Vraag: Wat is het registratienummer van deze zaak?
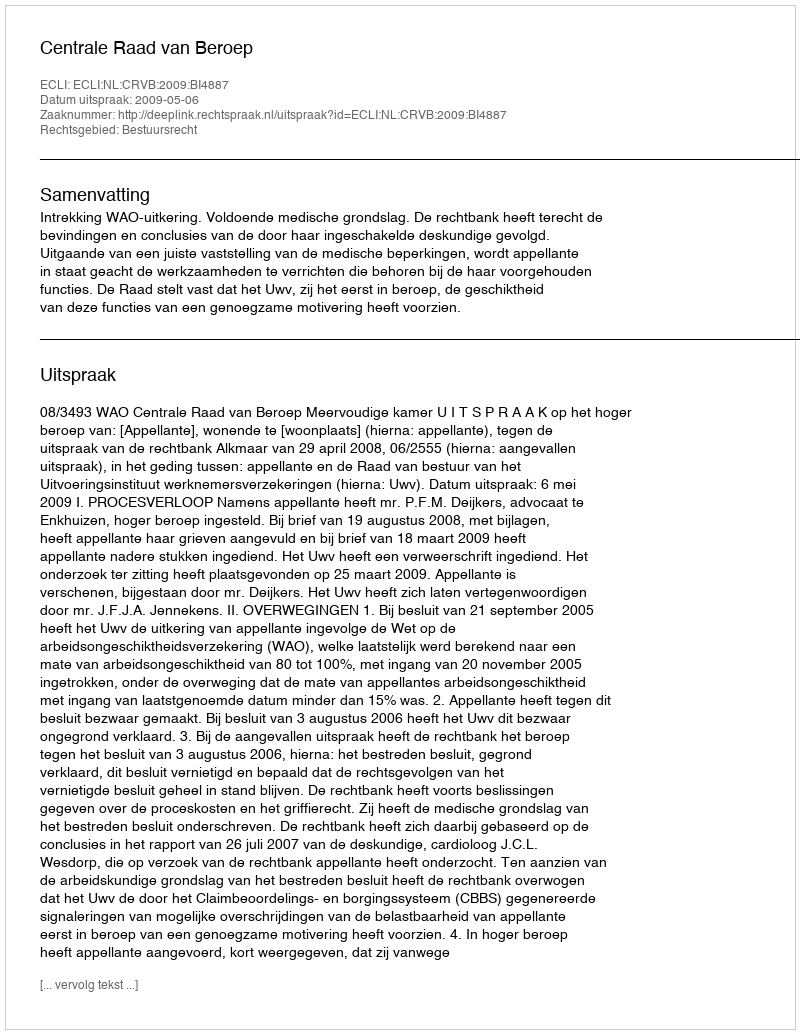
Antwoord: http://deeplink.rechtspraak.nl/uitspraak?id=ECLI:NL:CRVB:2009:BI4887